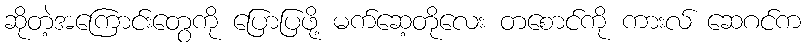
ဆိုတဲ့အကြောင်းတွေကို ပြောပြဖို့ မက်ဆေ့တိုလေး တစောင်ကို ကားလ် ဆေဂင်က